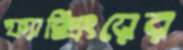
ফ্যাক্সিংয়ের